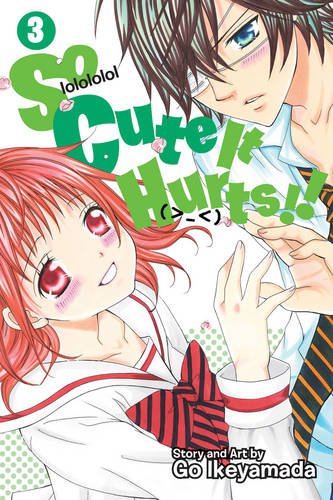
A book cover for So Cute It Hurts!!, Vol. 3; Go Ikeyamada; Comics & Graphic Novels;